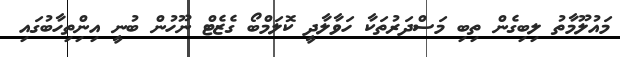
މައުލޫމާތު ލިބިގެން ތިބި މަސްދަރުތަކާ ހަވާލާދީ ކޮލަމްބޯ ގެޒެޓް ނޫހުން ބުނީ އިންިތިހާބުގައި